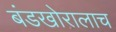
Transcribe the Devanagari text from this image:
बंडखोरालाच